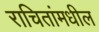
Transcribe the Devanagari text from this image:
राचितांमधील